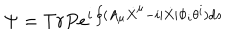
\Psi = T r P e ^ { i \oint ( A _ { \mu } \dot { X } ^ { \mu } - i | \dot { X } | \Phi _ { i } \theta ^ { i } ) d s }